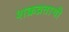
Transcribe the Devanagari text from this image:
शक्रव्रताची